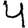
Digit: 4